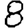
Digit: 8